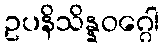
ဥပနိသိန္နဝဂ္ဂေါ